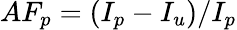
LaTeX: AF_{p}=(I_{p}-I_{u})/I_{p}